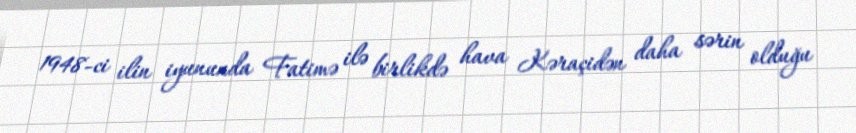
1948-ci ilin iyununda Fatimə ilə birlikdə hava Kəraçidən daha sərin olduğu